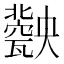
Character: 𤮤